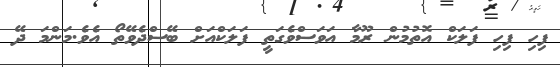
ފިހި ފިހި ފަލަކް އޮތުމުން ރޫމާ އަވަސްވެގަތީ ފަލަކްއަށް ބޭސްދެވޭތޯ އެވެ.މަންމަ ދޭ